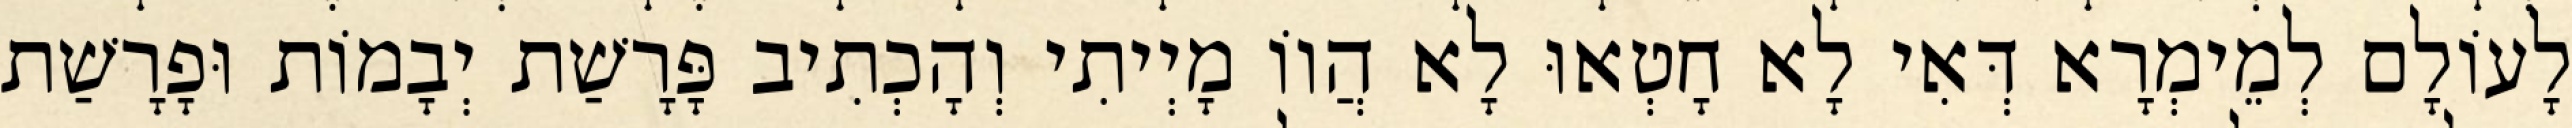
לָעוֹלָם לְמֵימְרָא דְּאִי לָא חָטְאוּ לָא הֲווֹ מָיְיתִי וְהָכְתִיב פָּרָשַׁת יְבָמוֹת וּפָרָשַׁת